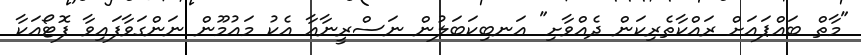
"މާތް ބައްޕައަށް ރައްކާތެރިކަން ދެއްވާށި" އަނބިކަބަލުން ނަސްރީނާއާ އެކު މައުމޫން ނަންގަވާފައިވާ ފޮޓޯއަކާ